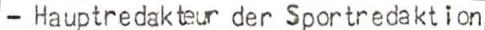
- Hauptredakteur der Sportredaktion